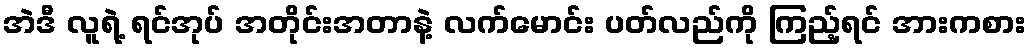
အဲဒီ လူရဲ့ ရင်အုပ် အတိုင်းအတာနဲ့ လက်မောင်း ပတ်လည်ကို ကြည့်ရင် အားကစား